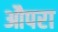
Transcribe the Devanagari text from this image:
औपरा